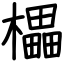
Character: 櫑